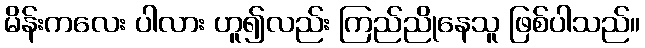
မိန်းကလေး ပါလား ဟူ၍လည်း ကြည်ညိုနေသူ ဖြစ်ပါသည်။